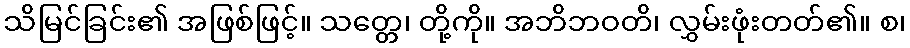
သိမြင်ခြင်း၏ အဖြစ်ဖြင့်။ သတ္တေ၊ တို့ကို။ အဘိဘဝတိ၊ လွှမ်းဖုံးတတ်၏။ စ၊